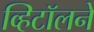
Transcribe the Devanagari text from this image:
व्हिटॉलने